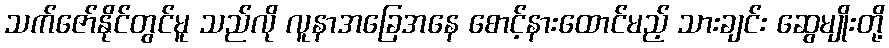
သက်ဇော်နိုင်တွင်မူ သည်လို လူနာအခြေအနေ စောင့်နားထောင်မည့် သားချင်း ဆွေမျိုးတို့